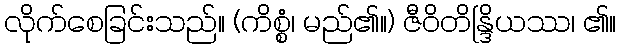
လိုက်စေခြင်းသည်။ (ကိစ္စံ၊ မည်၏။) ဇီဝိတိန္ဒြိယဿ၊ ၏။